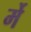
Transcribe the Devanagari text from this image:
र्मे